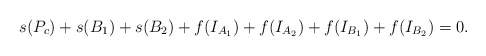
\begin{align*}s(P_c)+s(B_1)+s(B_2)+f(I_{A_1}) + f(I_{A_2}) + f(I_{B_1}) + f(I_{B_2}) = 0.\end{align*}